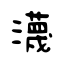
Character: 瀎